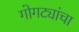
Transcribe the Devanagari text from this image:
गोगट्यांचा